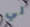
لي